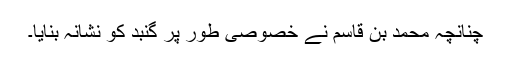
چنانچہ محمد بن قاسم نے خصوصی طور پر گنبد کو نشانہ بنایا۔